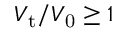
V _ { \mathrm { t } } / V _ { \mathrm { 0 } } \geq 1